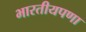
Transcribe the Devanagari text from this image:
भारतीयपणा